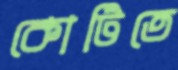
কোটিতে